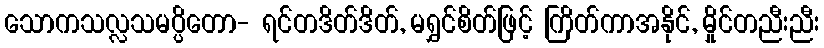
သောကသလ္လသမပ္ပိတော- ရင်တဒိတ်ဒိတ်, မရွှင်စိတ်ဖြင့် ကြိတ်ကာအနိုင်, မှိုင်တညီးညီး